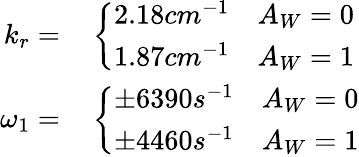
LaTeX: \begin{array}{rl}{k_{r}=}&{{}\left\{ \begin{array}{ll}{2.18cm^{-1}}&{A_{W}=0}\\ {1.87cm^{-1}}&{A_{W}=1}\end{array}\right.}\\ {\omega_{1}=}&{{}\left\{ \begin{array}{ll}{\pm 6390s^{-1}}&{A_{W}=0}\\ {\pm 4460s^{-1}}&{A_{W}=1}\end{array}\right.}\end{array}